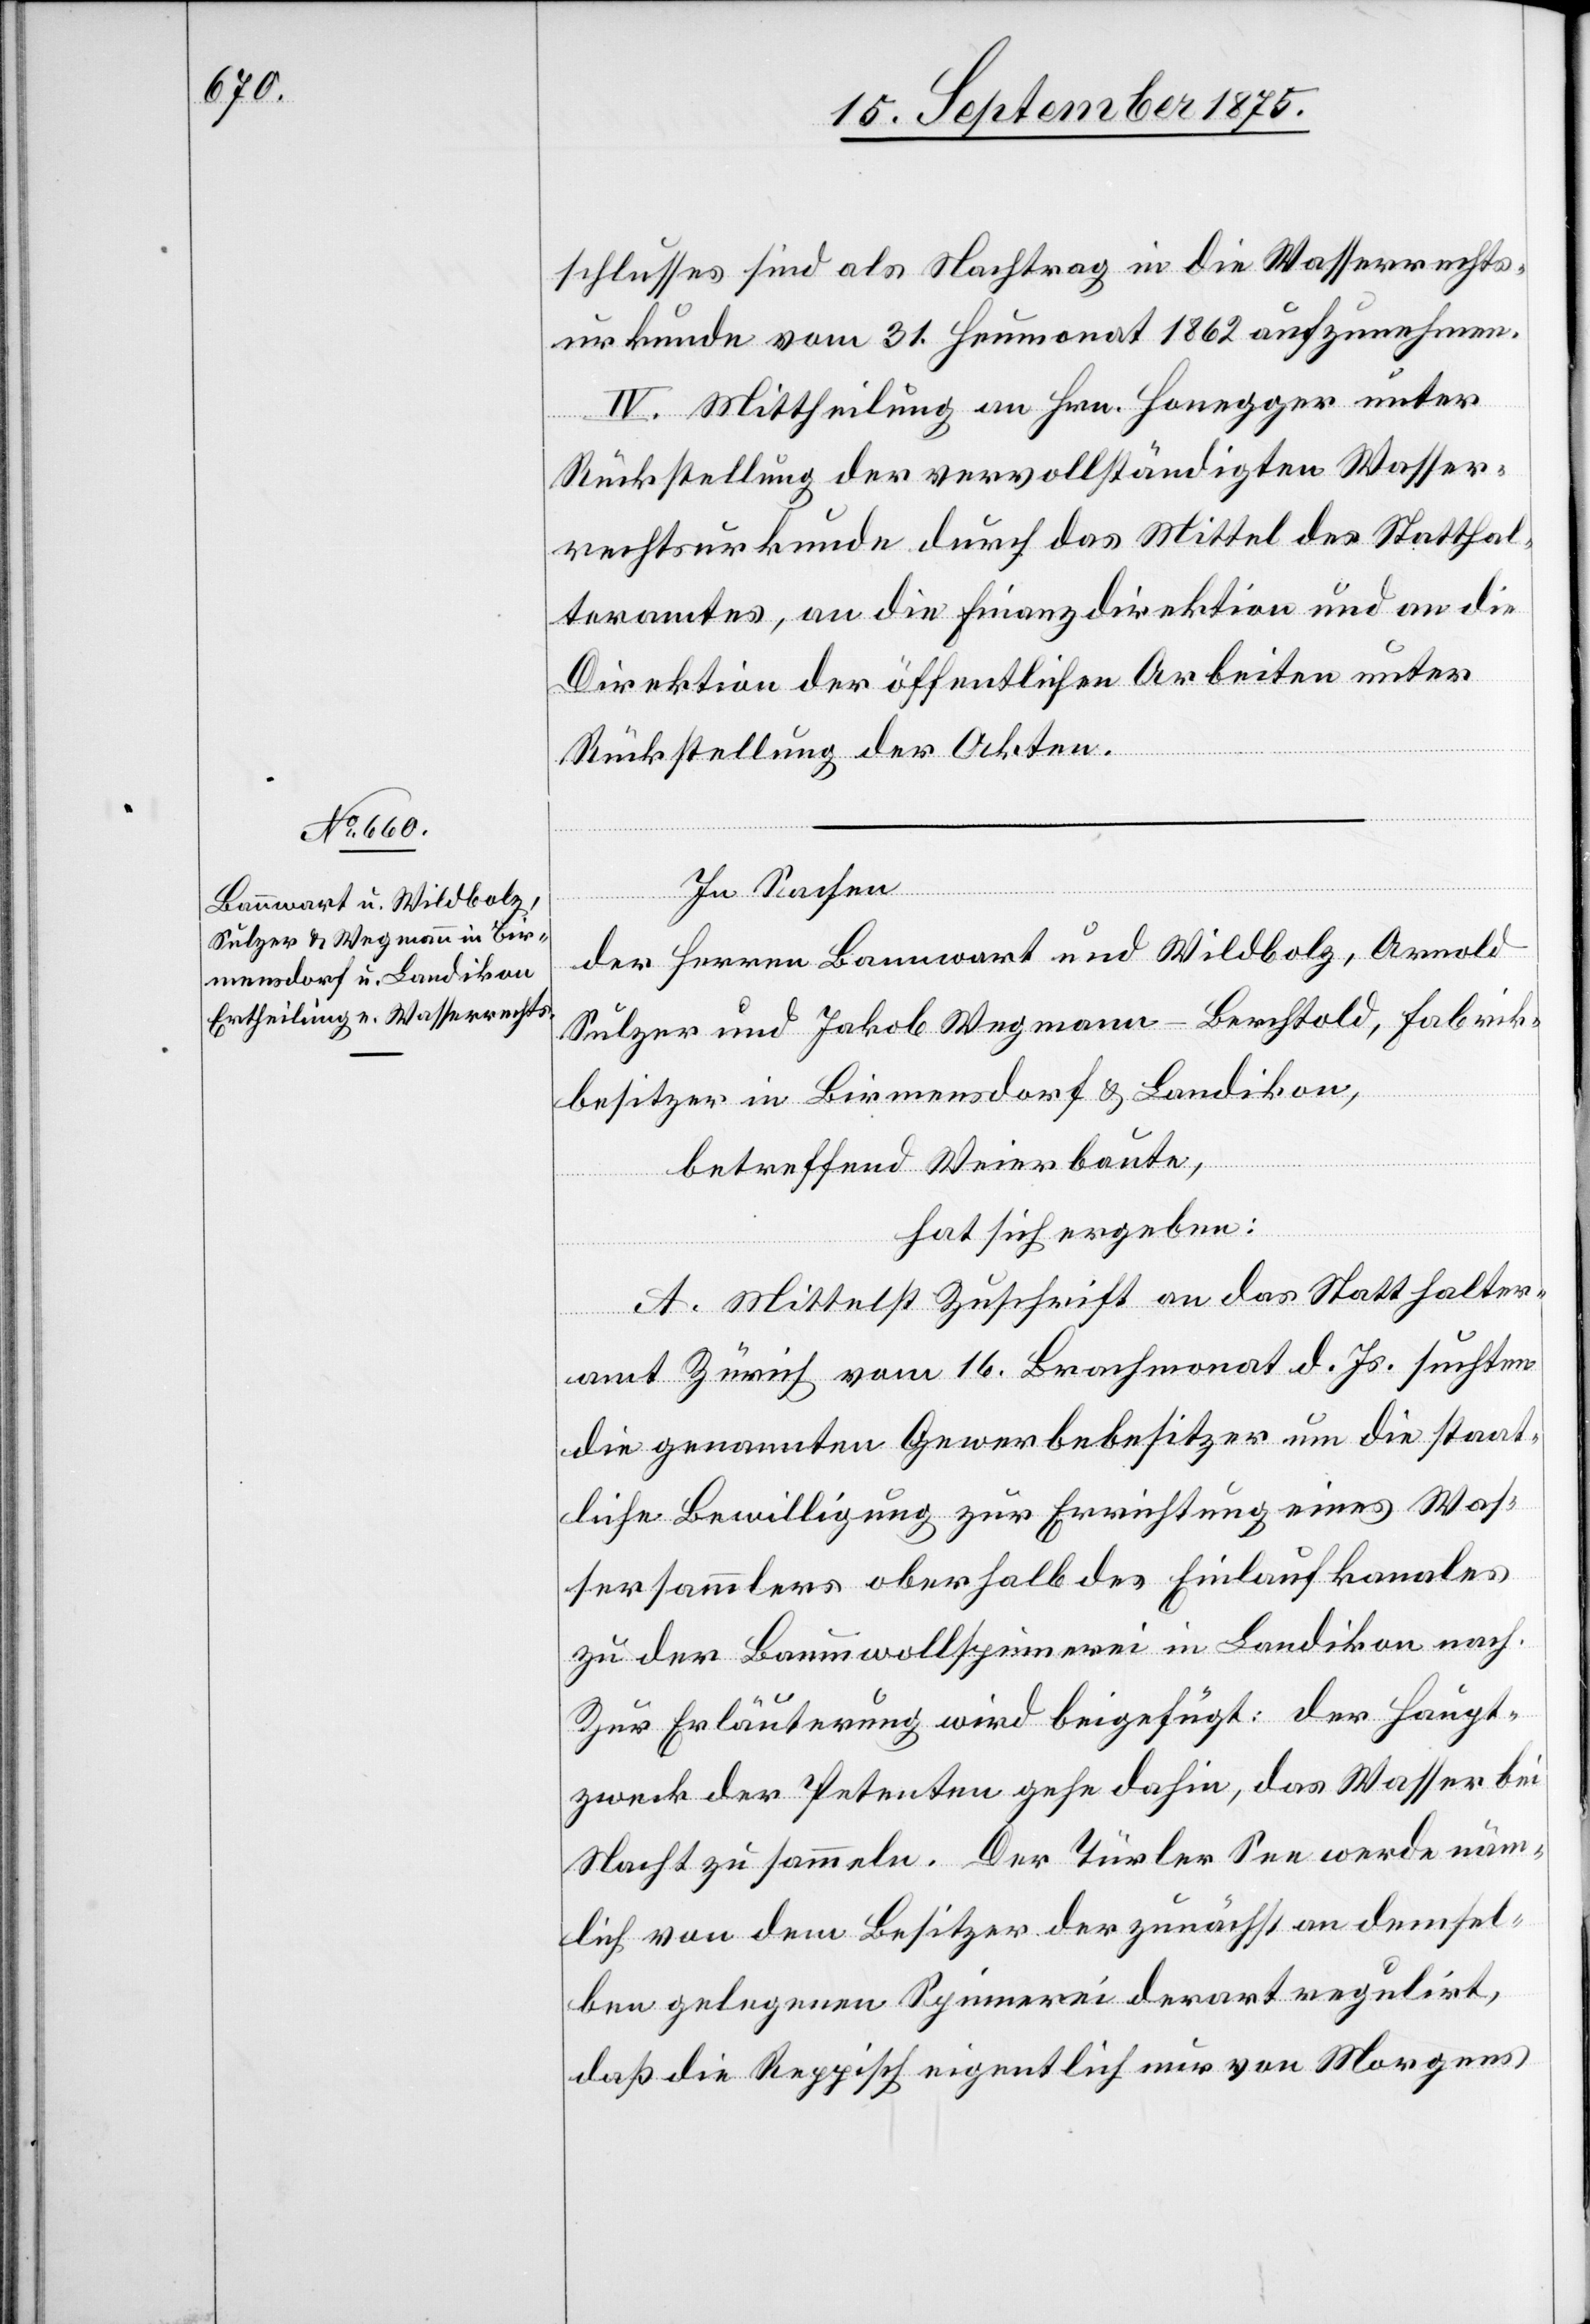
schlusses sind als Nachtrag in die Wasserrechts¬
urkunde vom 31. Heumonat 1862 aufzunehmen.
IV. Mittheilung an Hrn. Honegger unter
Rückstellung der vervollständigten Wasser¬
rechtsurkunde durch das Mittel des Statthal¬
teramtes, an die Finanzdirektion und an die
Direktion der öffentlichen Arbeiten unter
Rückstellung der Akten.
In Sachen
der Herren Bannwart und Wildbolz, Arnold
Sulzer und Jakob Wegmann-Berchtold, Fabrik¬
besitzer in Birmensdorf & Landikon,
betreffend Weierbaute,
hat sich ergeben:
A. Mittelst Zuschrift an das Statthalter¬
amt Zürich vom 16. Brachmonat d. Js. suchten
die genannten Gewerbebesitzer um die staat¬
liche Bewilligung zur Errichtung eines Was¬
sersammlers oberhalb des Einlaufkanales
zur der Baumwollspinnerei in Landikon nach.
Zur Erläuterung wird beigefügt: der Haupt¬
zweck der Petenten gehe dahin, das Wasser bei
Nacht zu sammeln. Der Türler See werde näm¬
lich von dem Besitzer der zunächst an demsel¬
ben gelegenen Spinnerei derart regulirt,
daß die Reppisch eigentlich nur von Morgens